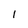
Character: 1